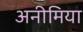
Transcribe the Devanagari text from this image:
अनीमिया